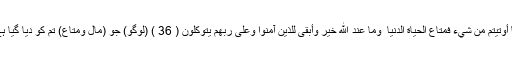
وہ جان لیں کہ ان کے لئے خلاصی نہیںفَمَا أُوتِيتُم مِّن شَيْءٍ فَمَتَاعُ الْحَيَاةِ الدُّنْيَا ۖ وَمَا عِندَ اللَّهِ خَيْرٌ وَأَبْقَىٰ لِلَّذِينَ آمَنُوا وَعَلَىٰ رَبِّهِمْ يَتَوَكَّلُونَ ( 36 ) (لوگو) جو (مال ومتاع) تم کو دیا گیا ہے وہ دنیا کی زندگی کا (ناپائدار) فائدہ ہے۔